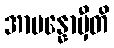
အာပန္နောမှီတိ